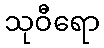
သုဝီရော